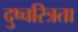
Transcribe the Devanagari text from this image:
दुष्चरित्रता